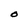
Character: O